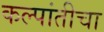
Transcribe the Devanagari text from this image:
कल्पांतीचा